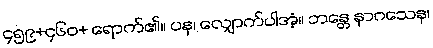
၄၅၉+၄၆၀+ ရောက်၏။ ပန၊ လျှောက်ပါအံ့။ ဘန္တေ နာဂသေန၊